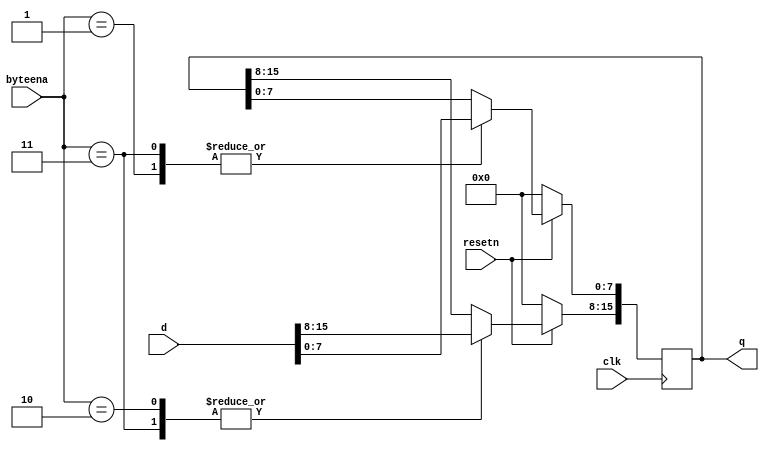
module top_module (
    input clk,
    input resetn,
    input [1:0] byteena,
    input [15:0] d,
    output [15:0] q
);
    
    always @(posedge clk)   begin
        if(resetn)   begin
            case(byteena)
                2'b00: q <= q;
                2'b01: q[7:0] <= d[7:0];
                2'b10: q[15:8] <= d[15:8];
                2'b11: q <= d;
            endcase
        end
        else
            q <= 16'd0;      
    end

endmodule